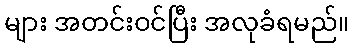
များ အတင်းဝင်ပြီး အလုခံရမည်။